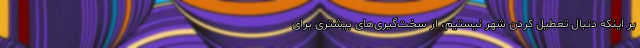
بر اینکه دنبال تعطیل کردن شهر نیستیم، از سخت‌گیری‌های بیشتری برای